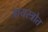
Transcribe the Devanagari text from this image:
आयस्त्रोत